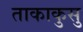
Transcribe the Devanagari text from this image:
ताकाकुसु